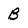
Character: B